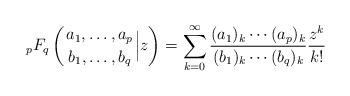
LaTeX: \begin{align*} {\; }_p F_q \left({a_1,\ldots, a_p \atop b_1,\ldots,b_q} \Big{|} z \right)=\sum_{k=0}^\infty \frac{(a_1)_k\cdots (a_p)_k}{(b_1)_k \cdots (b_q)_k}\frac{z^k}{k!}\end{align*}